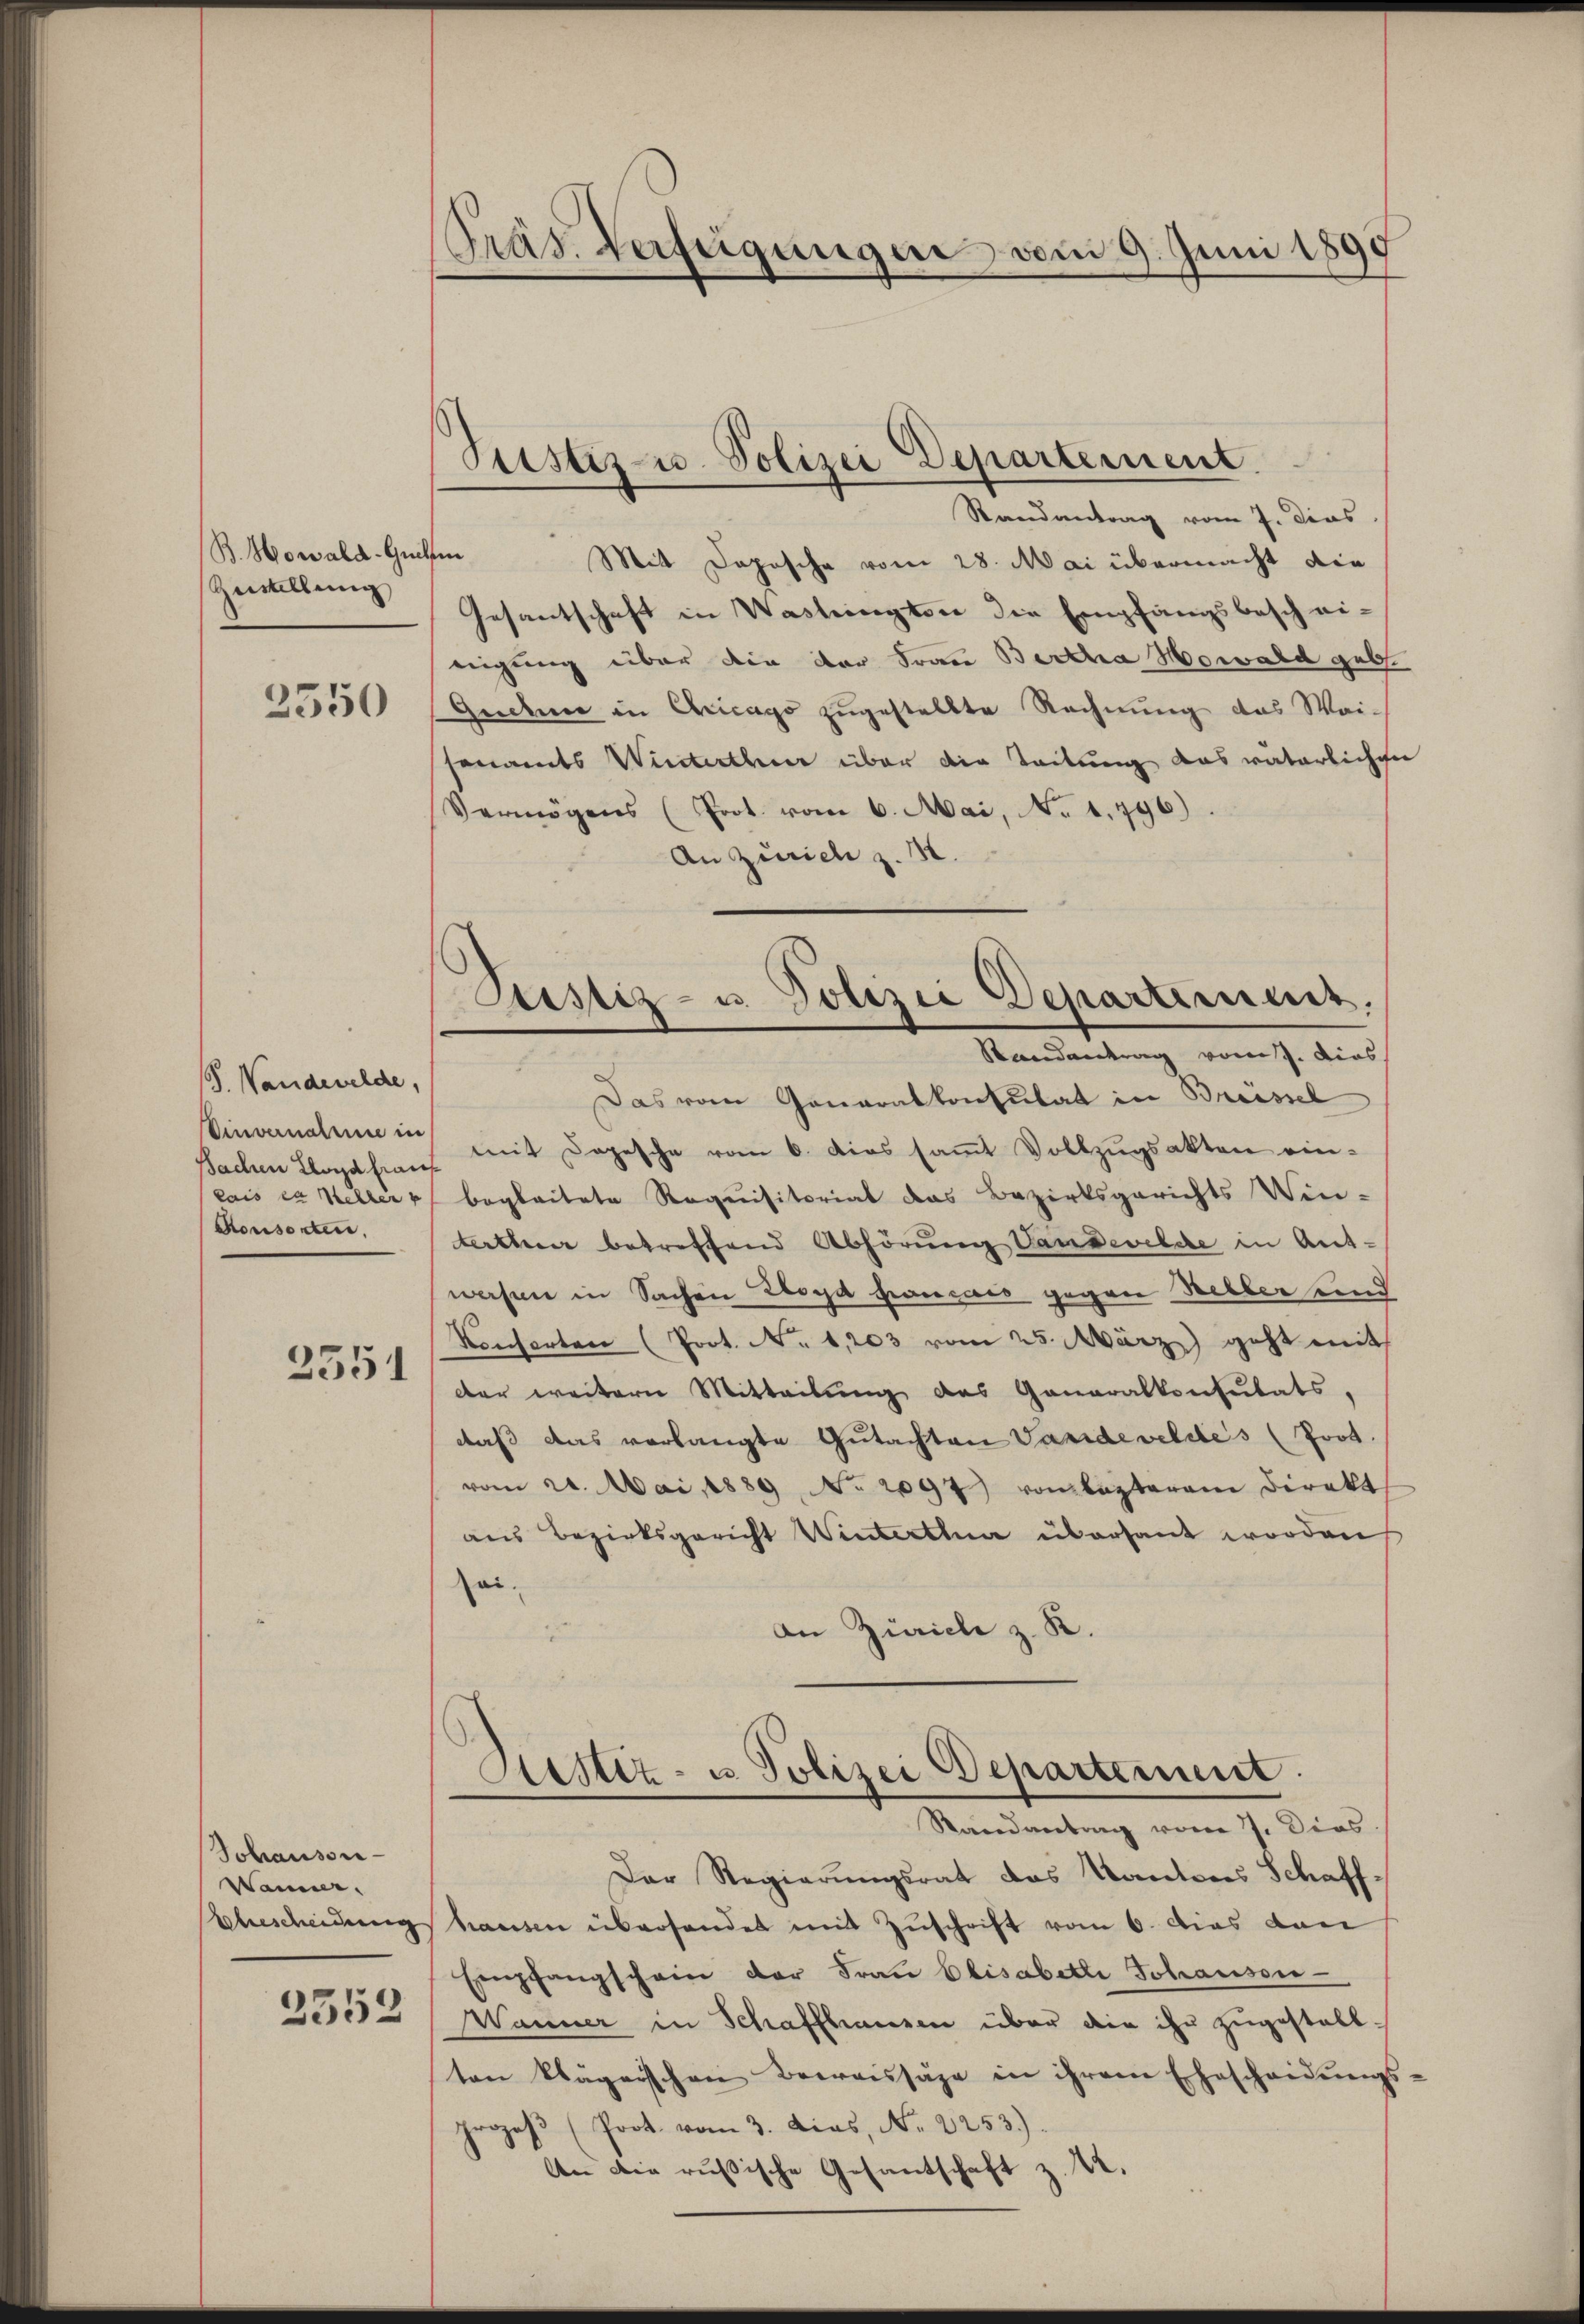
B.Howald-Guels
Zustellung

3550

V. Wandewelde,
Einvernahme in
Bachen Lloyd hrauf
lais es steller p
Konsorten,

2551

Johansonkann.
bbescheidung
2352

Präs. Verfeigungen vom 9. Juni 1899

Justiz- u. Polizei Departement.

Ptistiz- u. Polizić Departimes.
Randantrag vom J. dies

d
Randantrag vom 7. dies
iin Mit Dopische vom 28. Mai übermacht die
Gesantschaft in Wasteingtone die Empfangsbesch ei-
nigung über die der Frau Bertha Howald geb.
Gudenn in Chicago zugestellte Rechnung das Weisenamts Winterther über die Teilung das vaterlicher
Vermögens (Prot. vom 6. Mai, No 1,796)
An Zürich z. B.
Das vom Generalkonsulat in Breissel
mit Depesche vom 6. dies sammt Vollzugsakten einbegleitete Requisitoriat das Bezirksgerichts Win-
terthur betreffend Abhörung Vandevilde in Antwesen in Sachen Lloyd Français gegen Herber und
Konferten (Prot. No 1,203 vom 25. März geht mit
der weitern Mitteilung des Ganaralkonsulats,
daß das verlangte Gŭtachten Vanideveldes (Joot.
vom 21. Mai 1889 No 2097 von lasterem Direkt
aus Bezirksgericht Winterthur übersant worden
Zei¬
An Zürich z. R.
Sistiz- u. Polizei Departement.
Randantrag vom 7. Dies
Der Regierungsrat das Kantores Schaff-
hausen überhandet mit Zuschrift vom 6. Dies dan
Empfangschein der Frau Elisabetli Johansie
Wanner in Schaffhausen über die ihr zugestall-
ten klägerschen Beeraissage in ihrem Ehescheidŭngs-
rozeβ (Prot. vom 3. dies, No. 2253)
c
An die russische Gesantschaft z. 4.